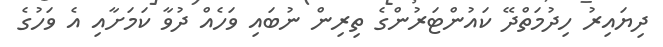
ދިޔައިރު ހިދުމަތްދޭ ކައުންޓަރުންގެ ތިރިން ނުބައި ވަހެއް ދުވާ ކަމަށާއި އެ ވަހުގެ